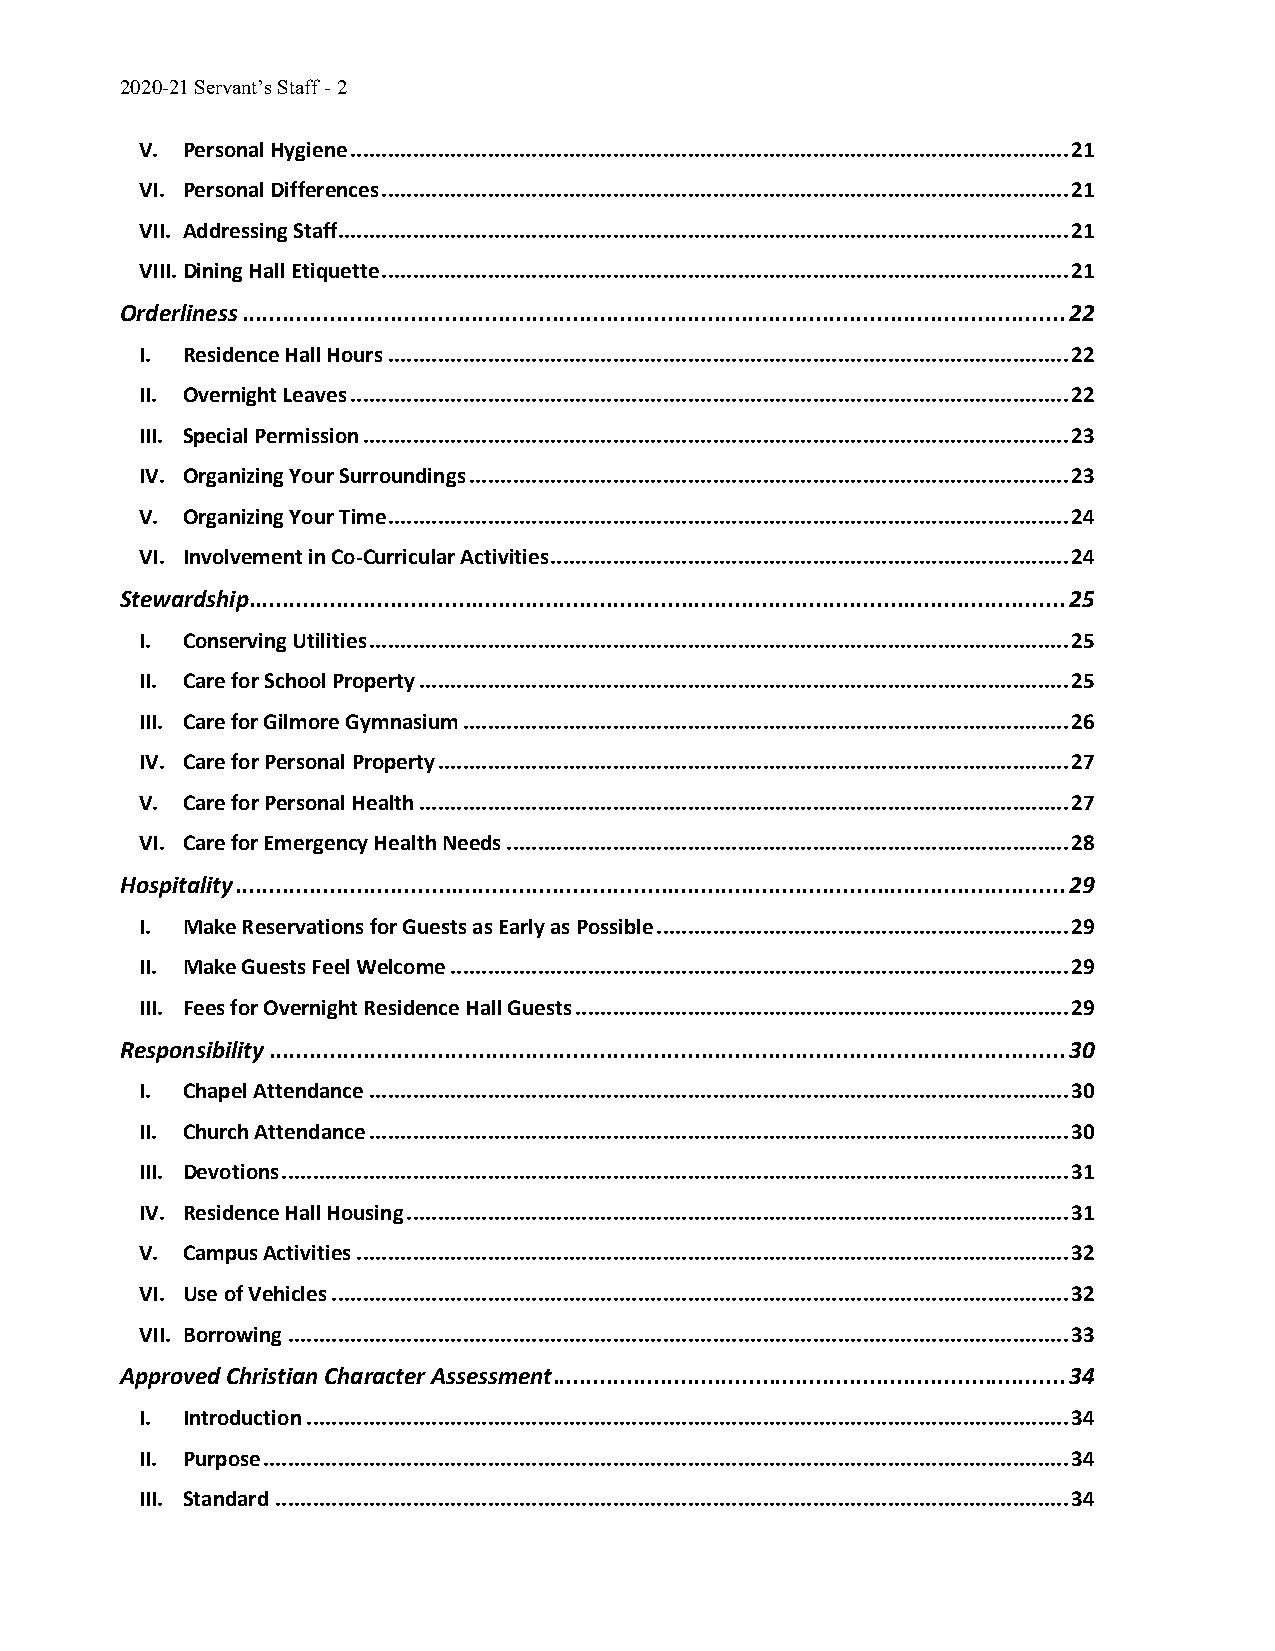
2020-21 Servant’s Staff - 2
 V. Personal Hygiene ................................................................................................................... 21
 VI. Personal Differences .............................................................................................................. 21
 VII. Addressing Staff..................................................................................................................... 21
 VIII. Dining Hall Etiquette .............................................................................................................. 21
 Orderliness .......................................................................................................................... 22
 I. Residence Hall Hours ............................................................................................................. 22
 II. Overnight Leaves ................................................................................................................... 22
 III. Special Permission ................................................................................................................. 23
 IV. Organizing Your Surroundings ................................................................................................ 23
 V. Organizing Your Time ............................................................................................................. 24
 VI. Involvement in Co-Curricular Activities ................................................................................... 24
 Stewardship ......................................................................................................................... 25
 I. Conserving Utilities ................................................................................................................ 25
 II. Care for School Property ........................................................................................................ 25
 III. Care for Gilmore Gymnasium ................................................................................................. 26
 IV. Care for Personal Property ..................................................................................................... 27
 V. Care for Personal Health ........................................................................................................ 27
 VI. Care for Emergency Health Needs .......................................................................................... 28
 Hospitality ........................................................................................................................... 29
 I. Make Reservations for Guests as Early as Possible .................................................................. 29
 II. Make Guests Feel Welcome ................................................................................................... 29
 III. Fees for Overnight Residence Hall Guests ............................................................................... 29
 Responsibility ...................................................................................................................... 30
 I. Chapel Attendance ................................................................................................................ 30
 II. Church Attendance ................................................................................................................ 30
 III. Devotions .............................................................................................................................. 31
 IV. Residence Hall Housing .......................................................................................................... 31
 V. Campus Activities .................................................................................................................. 32
 VI. Use of Vehicles ...................................................................................................................... 32
 VII. Borrowing ............................................................................................................................. 33
 Approved Christian Character Assessment ............................................................................ 34
 I. Introduction .......................................................................................................................... 34
 II. Purpose ................................................................................................................................. 34
 III. Standard ............................................................................................................................... 34